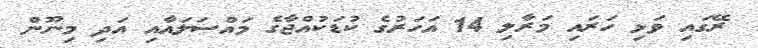
ރޭގައި ވަޅި ހަރައި މަރާލި 14 އަހަރުގެ ކުޑަކުއްޖާގެ މައްސަލައާއި އަދި މިނޫން